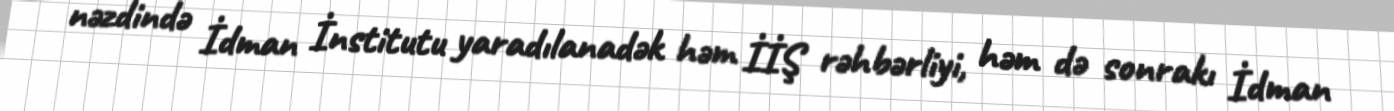
nəzdində İdman İnstitutu yaradılanadək həm İİŞ rəhbərliyi, həm də sonrakı İdman